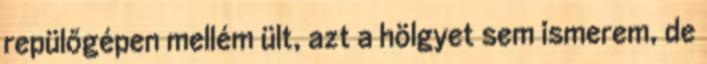
repülőgépen mellém ült, azt a hölgyet sem ismerem, de